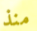
منذ